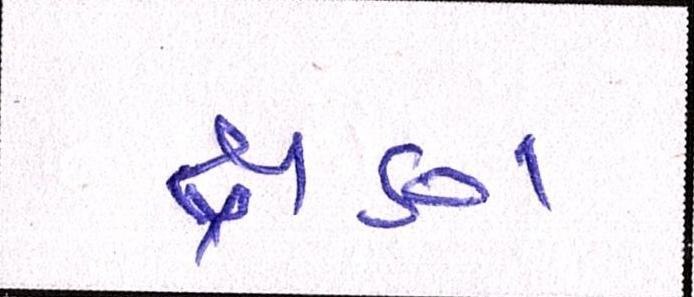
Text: ક્ષણ